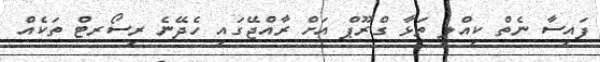
ފައިސާ ނެތް ކިއްލި ތަޅާ ގްރޫޕް އަަށް ރާއްޖޭގައި ހެދޭނެ ރިސޯރޓް ތަކެއް